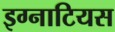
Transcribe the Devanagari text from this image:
इग्नाटियस